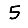
Digit: 5